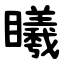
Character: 䂀